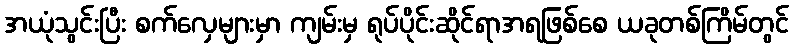
အယုံသွင်းပြီး စက်လှေများမှာ ကျမ်းမှ ရုပ်ပိုင်းဆိုင်ရာအရဖြစ်စေ ယခုတစ်ကြိမ်တွင်